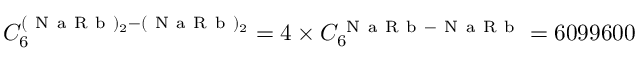
C _ { 6 } ^ { ( \mathrm { ~ N ~ a ~ R ~ b ~ } ) _ { 2 } - ( \mathrm { ~ N ~ a ~ R ~ b ~ } ) _ { 2 } } = 4 \times C _ { 6 } ^ { \mathrm { ~ N ~ a ~ R ~ b ~ - ~ N ~ a ~ R ~ b ~ } } = 6 0 9 9 6 0 0